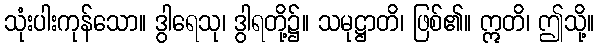
သုံးပါးကုန်သော။ ဒွါရေသု၊ ဒွါရတို့၌။ သမုဋ္ဌာတိ၊ ဖြစ်၏။ ဣတိ၊ ဤသို့။